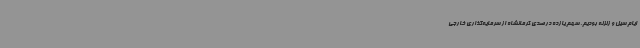
ایام سیل و زلزله بودیم. سهم یازده درصدی کرمانشاه از سرمایه‌گذاری خارجی